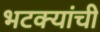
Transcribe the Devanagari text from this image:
भटक्यांची